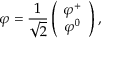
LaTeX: \varphi = { \frac { 1 } { \sqrt { 2 } } } \left( { \begin{array} { c } { \varphi ^ { + } } \\ { \varphi ^ { 0 } } \end{array} } \right) ,